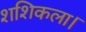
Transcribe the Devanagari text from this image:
शशिकला।